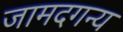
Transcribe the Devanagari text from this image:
जामदगन्य